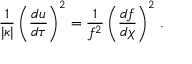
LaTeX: { \frac { 1 } { \vert \kappa \vert } } \left( { \frac { d u } { d \tau } } \right) ^ { 2 } = { \frac { 1 } { f ^ { 2 } } } \left( { \frac { d f } { d \chi } } \right) ^ { 2 } \, .